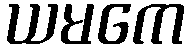
ယမကေ